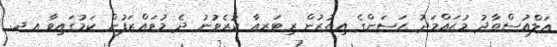
އަލްއުސްތާޛު މުޙައްމަދު ޙަސަންގެ އިތުރުން ރިޓަރއާ ކުރެވުނު ދެ މުވައްޒަފުން ކަމުގައިވާ އދ.